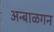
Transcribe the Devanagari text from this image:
अन्बाळगन